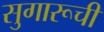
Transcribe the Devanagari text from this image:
सुगारूची